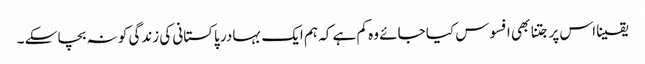
یقینا اس پر جتنا بھی افسوس کیا جائے وہ کم ہے کہ ہم ایک بہادر پاکستانی کی زندگی کو نہ بچا سکے ۔